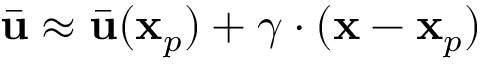
\bar { \mathbf { u } } \approx \bar { \mathbf { u } } ( \mathbf { x } _ { p } ) + \boldsymbol { \gamma } \cdot ( \mathbf { x } - \mathbf { x } _ { p } )